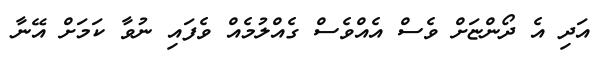
އަދި އެ ދޯންޏަށް ވެސް އެއްވެސް ގެއްލުމެއް ވެފައި ނުވާ ކަމަށް އޭނާ